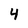
Character: 4